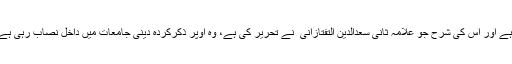
چنانچہ عقیدۂ نسفیہ جو ماتریدی اُسلوبِ فکر کا نمائندہ اور مختصر ترین رسالہ ہے اور اس کی شرح جو علامہ ثانی سعدالدین التفتازانی ؒ نے تحریر کی ہے، وہ اوپر ذکرکردہ دینی جامعات میں داخل نصاب رہی ہے یا درسی نصاب میں بطور معاون کتاب کے پڑھی اور پڑھائی جاتی رہی ہے۔